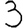
Digit: 3